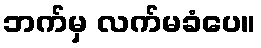
ဘက်မှ လက်မခံပေ။